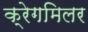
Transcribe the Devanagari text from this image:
क्रेगमिलर